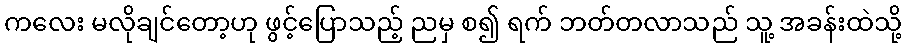
ကလေး မလိုချင်တော့ဟု ဖွင့်ပြောသည့် ညမှ စ၍ ရက် ဘတ်တလာသည် သူ့ အခန်းထဲသို့